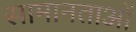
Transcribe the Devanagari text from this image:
सामानताओं